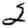
Digit: 2